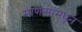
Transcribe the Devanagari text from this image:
माणसांमधून